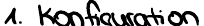
1. Konfiguration